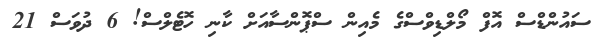
ސައުންޑްސް އޮފް މޯލްޑިވްސްގެ މެއިން ސްޕޮންސާއަށް ކާނި ހޮޓެލްސް! 6 ދުވަސް 21